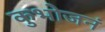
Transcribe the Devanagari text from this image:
कुभोजनं